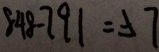
8 4 8 - 7 9 1 = 5 7